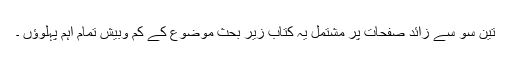
تین سو سے زائد صفحات پر مشتمل یہ کتاب زیر بحث موضوع کے کم وبیش تمام اہم پہلوؤں ۔